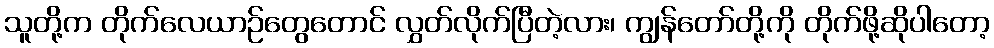
သူတို့က တိုက်လေယာဉ်တွေတောင် လွှတ်လိုက်ပြီတဲ့လား၊ ကျွန်တော်တို့ကို တိုက်ဖို့ဆိုပါတော့